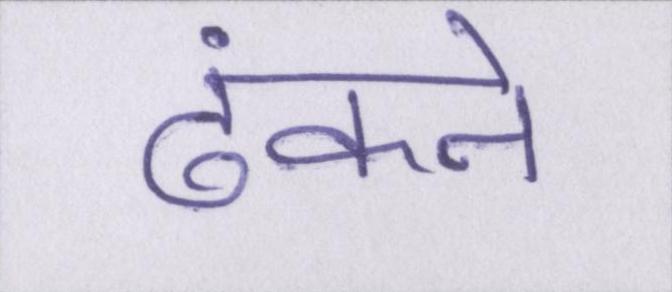
ढंकने